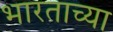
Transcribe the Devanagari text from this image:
भारताच्‍या